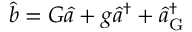
\hat { b } = G \hat { a } + g \hat { a } ^ { \dagger } + \hat { a } _ { \mathrm { G } } ^ { \dagger }